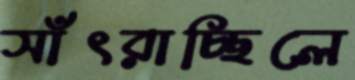
সাঁৎরাচ্ছিলে